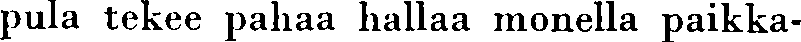
pula tekee pahaa hallaa monella paikka-